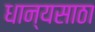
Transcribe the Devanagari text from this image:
धान्यसाठा